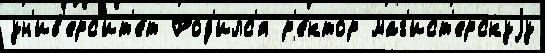
ун'ив'ерс'ит'е́т Род'илс'я р'е́ктор маг'ист'ерскуjу